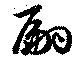
翩